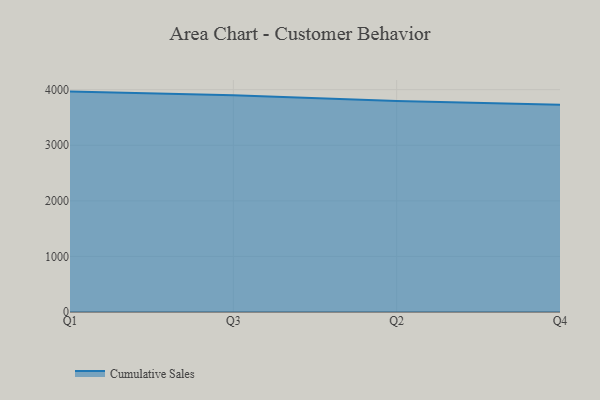
{"axis": {"x": "Quarter", "y": "Operating Costs (USD K)"}, "legend": ["Cumulative Sales"], "data": [{"x": "Q1", "y": 3965.2, "type": "Cumulative Sales"}, {"x": "Q3", "y": 3901.6, "type": "Cumulative Sales"}, {"x": "Q2", "y": 3797.1, "type": "Cumulative Sales"}, {"x": "Q4", "y": 3727.8, "type": "Cumulative Sales"}]}